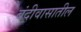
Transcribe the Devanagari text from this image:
बंदीवासातील